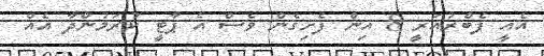
އެއީ ފެބްރުއަރީ 8 އިން ފެށިގެން ވެސް އެ ޕާޓީ ކުރަމުންދާ އެއް